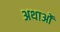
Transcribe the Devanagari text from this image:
अथाओं